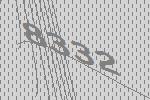
8332